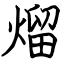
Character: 熘